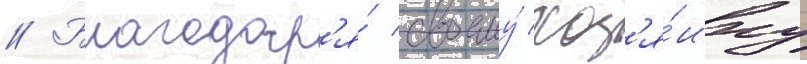
// Благодар'я́ своему́ хоз'я́ину